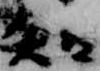
知